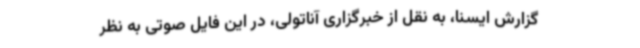
گزارش ایسنا، به نقل از خبرگزاری آناتولی، در این فایل صوتی به نظر